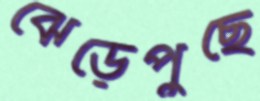
ঝেড়েপুছে